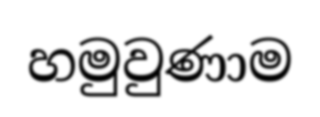
හමුවුණාම